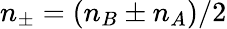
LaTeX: n_{\pm}=(n_{B}\pm n_{A})/2